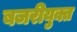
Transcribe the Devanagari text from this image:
बजरीयुक्त